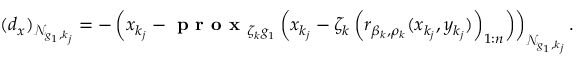
( d _ { x } ) _ { \mathcal { N } _ { g _ { 1 } , k _ { j } } } = - \left( x _ { k _ { j } } - \textbf { p r o x } _ { \zeta _ { k } g _ { 1 } } \left( x _ { k _ { j } } - \zeta _ { k } \left( r _ { \beta _ { k } , \rho _ { k } } ( x _ { k _ { j } } , y _ { k _ { j } } ) \right) _ { 1 : n } \right) \right) _ { \mathcal { N } _ { g _ { 1 } , k _ { j } } } .